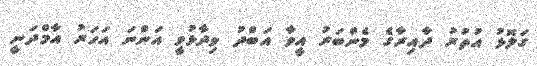
ގަލޮޅު އުތުރު ދާއިރާގެ މެންބަރު އީވާ އަބްދު ވިދާޅުވީ އަންނަ އަހަރު އާމްދަނީ